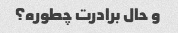
و حال برادرت چطوره؟